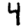
Digit: 4